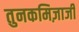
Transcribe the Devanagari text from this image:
तुनकमिज़ाजी